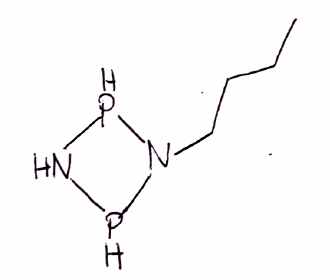
Simplified molecular-input line-entry system (SMILES) notation of the given molecule:
CCCCN1PNP1